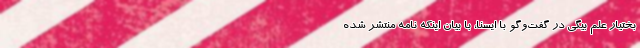
بختیار علم بیگی در گفت‌وگو با ایسنا، با بیان اینکه نامه منتشر شده